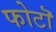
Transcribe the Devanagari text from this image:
फोटॊ